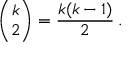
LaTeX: { \binom { k } { 2 } } = { \frac { k ( k - 1 ) } { 2 } } \, .